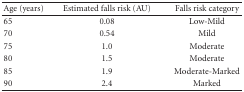
<table><thead><tr><td><b>Age (years)</b></td><td><b>Estimated falls risk (AU)</b></td><td><b>Falls risk category</b></td></tr></thead><tbody><tr><td>65</td><td>0.08</td><td>Low-Mild</td></tr><tr><td>70</td><td>0.54</td><td>Mild</td></tr><tr><td>75</td><td>1.0</td><td>Moderate</td></tr><tr><td>80</td><td>1.5</td><td>Moderate</td></tr><tr><td>85</td><td>1.9</td><td>Moderate-Marked</td></tr><tr><td>90</td><td>2.4</td><td>Marked</td></tr></tbody></table>